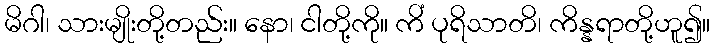
မိဂါ၊ သားမျိုးတို့တည်း။ နော၊ ငါတို့ကို။ ကိံ ပုရိသာတိ၊ ကိန္နရာတို့ဟူ၍။